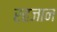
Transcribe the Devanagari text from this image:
रहजान